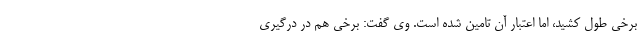
برخی طول کشید، اما اعتبار آن تامین شده است. وی گفت: برخی هم در درگیری